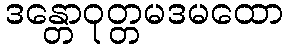
ဒန္တောဝုတ္တမဒမထော